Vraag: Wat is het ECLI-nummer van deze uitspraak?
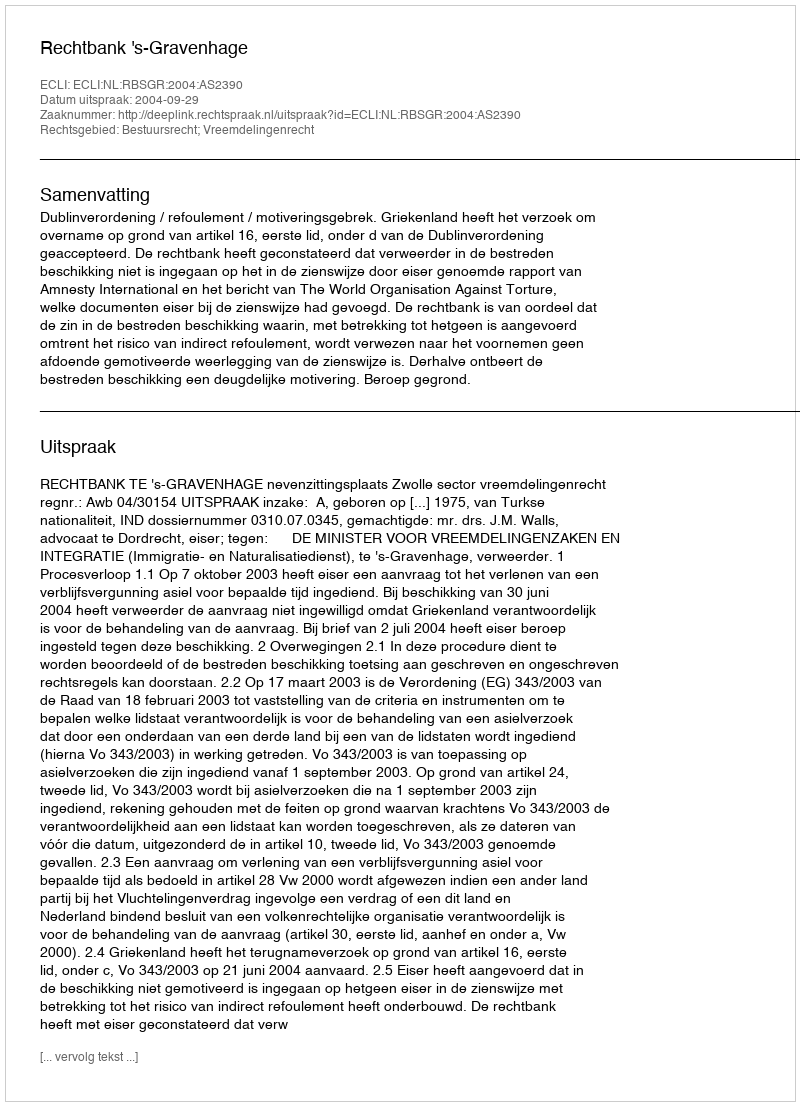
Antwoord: ECLI:NL:RBSGR:2004:AS2390